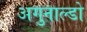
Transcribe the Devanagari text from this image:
अगुनाल्डो